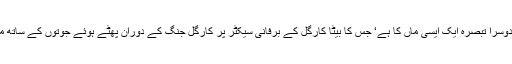
اس پر دوسرا تبصرہ ایک ایسی ماں کا ہے‘ جس کا بیٹا کارگل کے برفانی سیکٹر پر کارگل جنگ کے دوران پھٹّے ہوئے جوتوں کے ساتھ مارا گیا۔